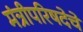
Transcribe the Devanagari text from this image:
मंत्रीपरिषदेचे